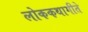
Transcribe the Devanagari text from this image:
लोककथागीते